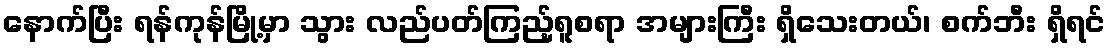
နောက်ပြီး ရန်ကုန်မြို့မှာ သွား လည်ပတ်ကြည့်ရူစရာ အများကြီး ရှိသေးတယ်၊ စက်ဘီး ရှိရင်